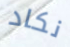
نكاد